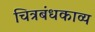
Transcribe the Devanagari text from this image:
चित्रबंधकाव्य